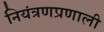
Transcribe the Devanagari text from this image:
नियंत्रणप्रणाली